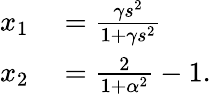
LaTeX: \begin{array}{rl}{x_{1}}&{{}=\frac{\gamma s^{2}}{1+\gamma s^{2}}}\\ {x_{2}}&{{}=\frac{2}{1+\alpha^{2}}-1.}\end{array}